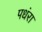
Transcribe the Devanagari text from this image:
पधंरा